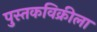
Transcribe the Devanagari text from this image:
पुस्तकविक्रीला